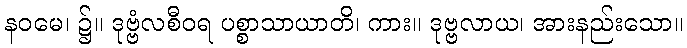
နဝမေ၊ ၌။ ဒုဗ္ဗံလစီဝရ ပစ္စာသာယာတိ၊ ကား။ ဒုဗ္ဗလာယ၊ အားနည်းသော။